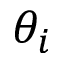
\theta _ { i }